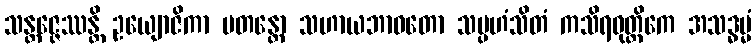
သန္တဇ္ဇေဿန္တိ ဥယျောဇိကာ ပတန္တော သဟာယဘာဝတော သမ္ပဟံသိတံ ကသိရဝုတ္တိကေ အသဒ္ဓမ္မံ